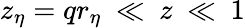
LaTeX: z_{\eta}=qr_{\eta}~\ll~z~\ll~1